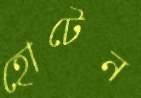
হোটেন